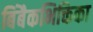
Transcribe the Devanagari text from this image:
बिंबैकभिक्तिका